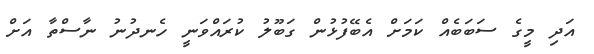
އަދި މީގެ ސަބަބެއް ކަމަށް އެބޭފުޅުން ގަބޫލު ކުރައްވަނީ ހެނދުނު ނާސްތާ އަށް